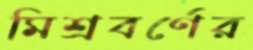
মিশ্রবর্ণের